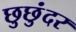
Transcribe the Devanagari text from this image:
छुछुंदर